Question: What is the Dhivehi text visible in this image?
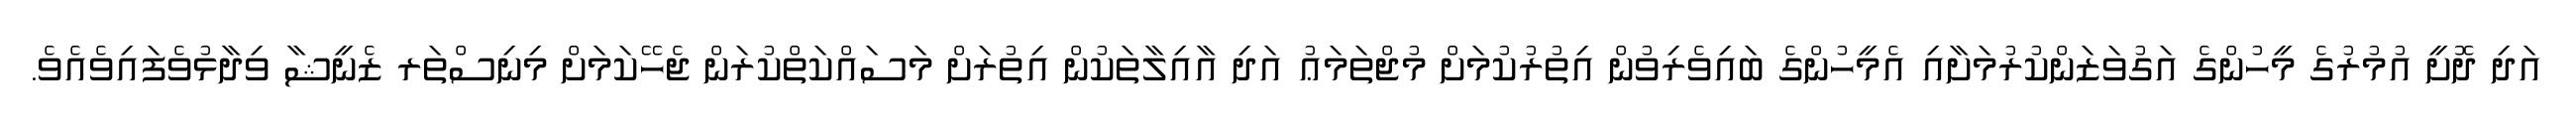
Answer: އަދި ދޮށީ އުމުރުގެ މީހުންގެ އަގުވަޒަންކުރުމަށާއި އެމީހުންގެ ބައިވެރިވުން އިތުރުކުމަށް މުޖްތަމަޢު އަދި އާއިލާތަކުން އިތުރަށް މަސައްކަތްކުރަން ޖެހޭކަމަށް މިނިސްތަރ ޒެނީޝާ ވިދާޅުވެފައިވެއެވެ.